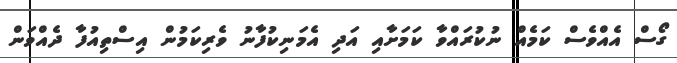
ގޯސް އެއްވެސް ކަމެއް ނުކުރައްވާ ކަމަށާއި އަދި އެމަނިކުފާނު ވެރިކަމުުން އިސްތިއުފާ ދެއްވަން